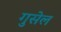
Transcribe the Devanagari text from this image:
गुसेल